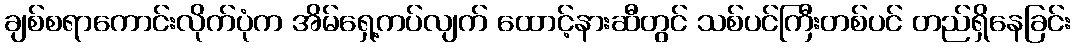
ချစ်စရာကောင်းလိုက်ပုံက အိမ်ရှေ့ကပ်လျက် ထောင့်နားဆီတွင် သစ်ပင်ကြီးတစ်ပင် တည်ရှိနေခြင်း